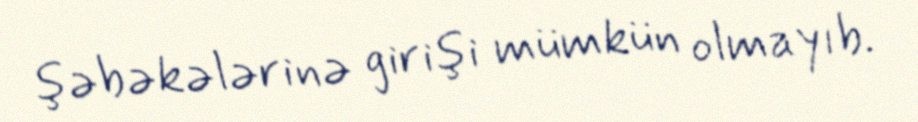
şəbəkələrinə girişi mümkün olmayıb.